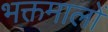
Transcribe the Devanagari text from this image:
भक्तमालों